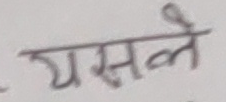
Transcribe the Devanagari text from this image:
यसले